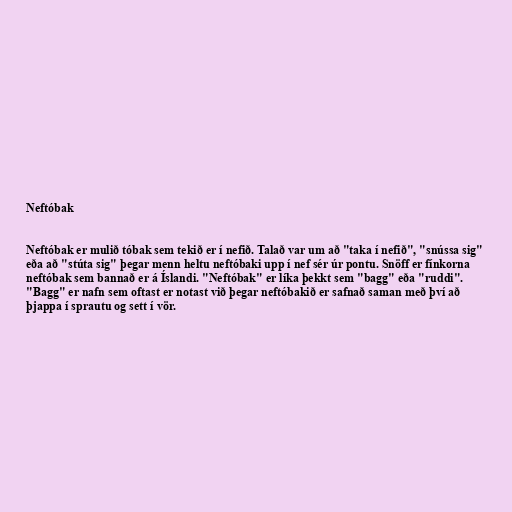
Neftóbak

Neftóbak er mulið tóbak sem tekið er í nefið. Talað var um að "taka í nefið", "snússa sig"
eða að "stúta sig" þegar menn heltu neftóbaki upp í nef sér úr pontu. Snöff er fínkorna
neftóbak sem bannað er á Íslandi. "Neftóbak" er líka þekkt sem "bagg" eða "ruddi".
"Bagg" er nafn sem oftast er notast við þegar neftóbakið er safnað saman með því að
þjappa í sprautu og sett í vör.